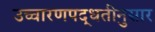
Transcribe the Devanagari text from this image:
उच्चारणपद्धतीनुसार